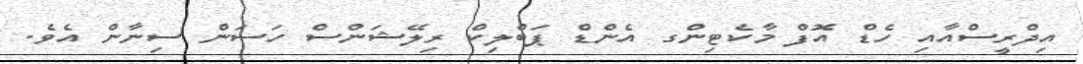
އިދްރީސްއާއި ހެޑް އޮފް މާކެޓިންގ އެންޑް ޕަބްލިކް ރިލޭޝަންސް ހަސަން ސިނާން އެވެ.